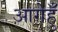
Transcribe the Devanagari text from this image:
आगेहुँ